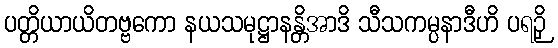
ပတ္တိယာယိတဗ္ဗကော နယသမုဋ္ဌာနန္တိအာဒိ သီသကမ္ပနာဒီဟိ ပရဉှိ